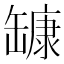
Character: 𰭅